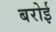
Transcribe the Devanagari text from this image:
बरोई